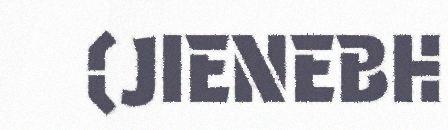
(JIENEBH